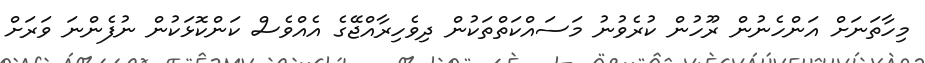
މިހާތަނަށް އަންހެނުން ރޫހުން ކުރެވުނު މަސައްކަތްތަކުން ދިވެހިރާއްޖޭގެ އެއްވެސް ކަންކޮޅަކުން ނުފެންނަ ވަރަށް